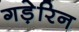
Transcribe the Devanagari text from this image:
गड़ेरिन